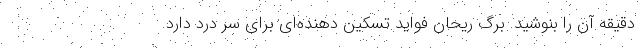
دقیقه آن را بنوشید. برگ ریحان فواید تسکین دهنده‌ای برای سر درد دارد.